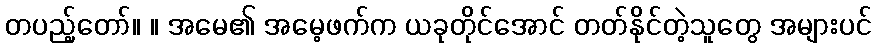
တပည့်တော်။ ။ အမေ၏ အမေ့ဖက်က ယခုတိုင်အောင် တတ်နိုင်တဲ့သူတွေ အများပင်